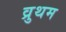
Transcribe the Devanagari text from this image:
व्रुथम